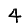
Digit: 4